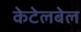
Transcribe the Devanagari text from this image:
केटेलबेल